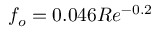
f _ { o } = 0 . 0 4 6 R e ^ { - 0 . 2 }